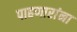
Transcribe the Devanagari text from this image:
पाहणारांना